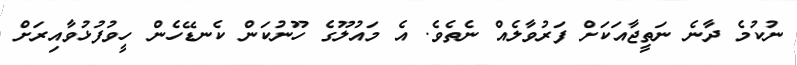
ނުކުމެ ދާނެ ނަތީޖާއަކަށް ފަރުވާލެއް ނެތެވެ. އެ މައުލޫގެ ހޫނުކަން ކެނޑޭހެން ހީވުފުޅުވާއިރަށް